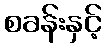
စခန်းနှင့်